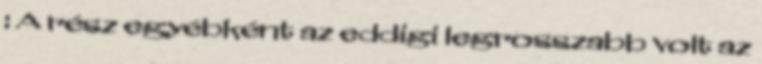
: A rész egyébként az eddigi legrosszabb volt az